Scientific memoirs by medical officers of the Army of India - Part XII,
Year: 1901
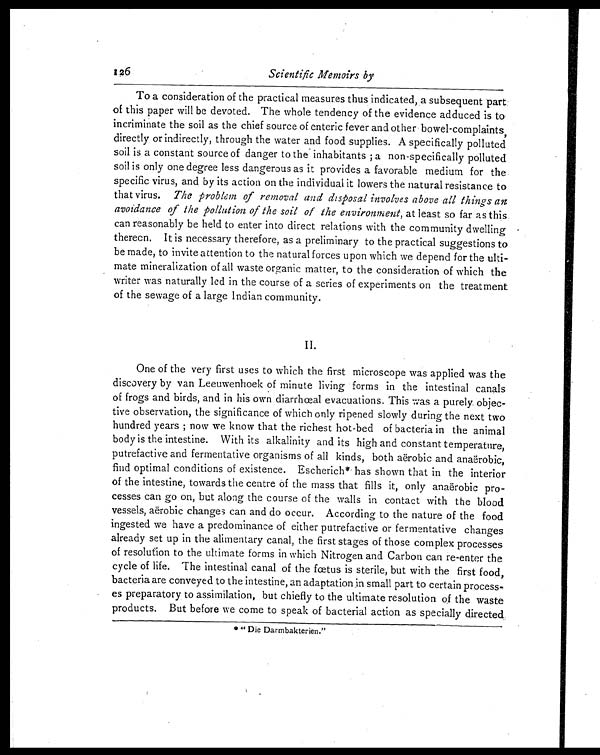
Scientific Memoirs by
To a consideration of the practical measures thus indicated, a subsequent part
of this paper will be devoted. The whole tendency of the evidence adduced is to
incriminate the soil as the chief source of enteric fever and other bowel-complaints,
directly or indirectly, through the water and food supplies. A specifically polluted
soil is a constant source of danger to the inhabitants; a non-specifically polluted
soil is only one degree less dangerous as it provides a favorable medium for the
specific virus, and by its action on the individual it lowers the natural resistance to
that virus. The problem of removal and disposal involves above all thing an
avoidance of the pollution of the soil of the environment, at least so far as this
can reasonably be held to enter into direct relations with the community dwelling
thereon. It is necessary therefore, as a preliminary to the practical suggestions to
be made, to invite attention to the natural forces upon which we depend for the ulti-
mate mineralization of all waste organic matter, to the consideration of which the
writer was naturally led in the course of a series of experiments on the treatment
of the sewage of a large Indian community.
II.
One of the very first uses to which the first microscope was applied was the
discovery by van Leeuwenhoek of minute living forms in the intestinal canals
of frogs and birds, and in his own diarrhœal evacuations. This was a purely objec-
tive observation, the significance of which only ripened slowly during the next two
hundred years ; now we know that the richest hot-bed of bacteria in the animal
body is the intestine. With its alkalinity and its high and constant temperature,
putrefactive and fermentative organisms of all kinds, both aërobic and anaërobic,
find optimal conditions of existence. Escherich* has shown that in the interior
of the intestine, towards the centre of the mass that fills it, only anaerobic pro-
cesses can go on, but along the course of the walls in contact with the blood
vessels, aerobic changes can and do occur. According to the nature of the food
ingested we have a predominance of either putrefactive or fermentative changes
already set up in the alimentary canal, the first stages of those complex processes
of resolution to the ultimate forms in which Nitrogen and Carbon can re-enter the
cycle of life. The intestinal canal of the fœtus is sterile, but with the first food,
bacteria are conveyed to the intestine, an adaptation in small part to certain process-
es preparatory to assimilation, but chiefly to the ultimate resolution of the waste
products. But before we come to speak of bacterial action as specially directed
* " D i e D a r m b a k t e r i e n . "
126